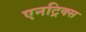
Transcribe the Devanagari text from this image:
एनट्रिक्स